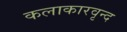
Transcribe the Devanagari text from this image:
कलाकारवृन्द